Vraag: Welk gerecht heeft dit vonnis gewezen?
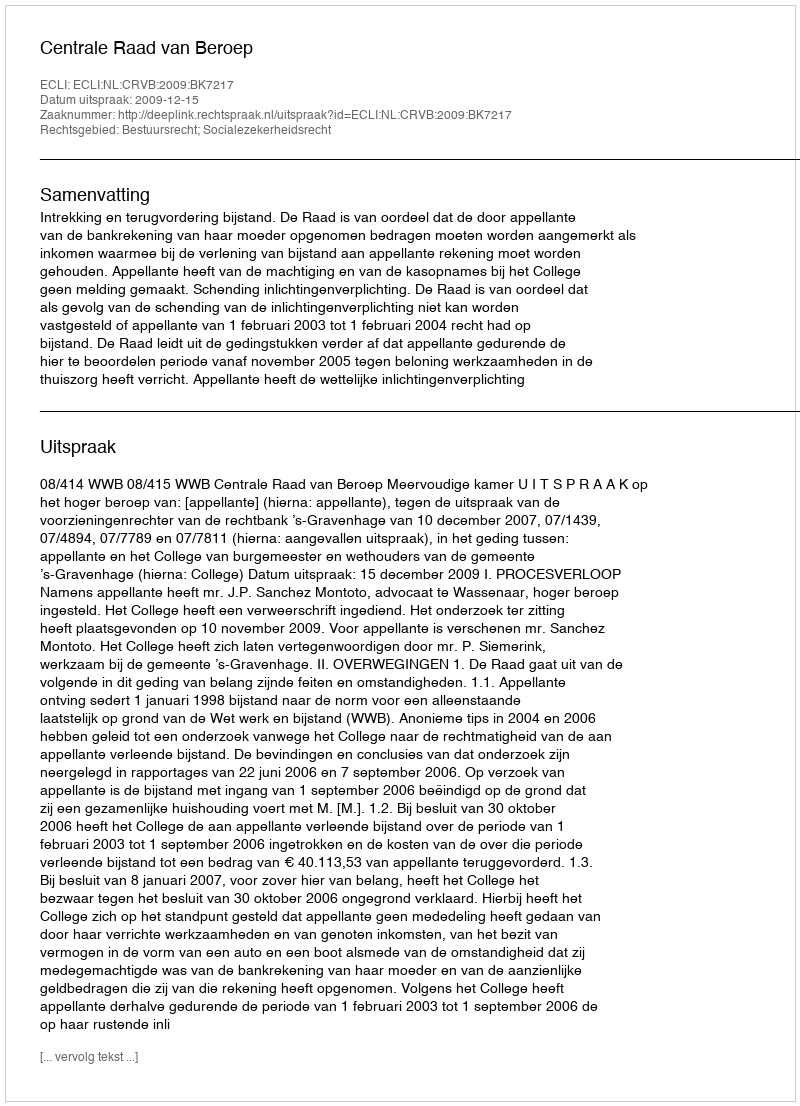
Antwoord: Centrale Raad van Beroep